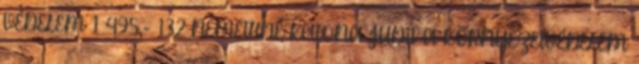
VÉDELEM 1 495,- 132 NÉMETHNÉ KATONA JUDIT A KÖRNYEZETVÉDELEM